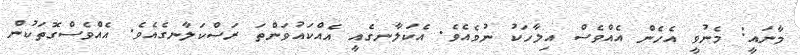
މާނައީ: މެނުވީ އެހެން އެއްވެސް އިލާހަކު ނުވެއެވެ. އެކަލާނގެއީ އެއްކައުވަންތަ ރަސްކަލާނގެއެވެ. އެއްވެސްގޮތަކުން